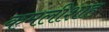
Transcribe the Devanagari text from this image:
कमलीशाह